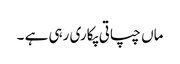
ماں چپاتی پکاری رہی ہے ۔